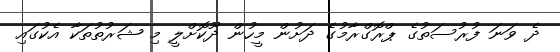
ދެ ވަނަ ފުރުސަތުގެ ޕްރޮގްރާމުގެ ދަށުން މީހުން ދޫކޮށްލީ މި ޝަރުތުތަކާ އެކުގައި